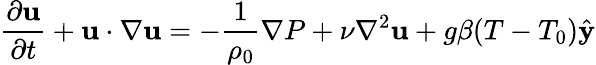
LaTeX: \frac{\partial\mathbf{u}}{\partial t}+\mathbf{u}\cdot\nabla\mathbf{u}=-\frac{1}{\rho_{0}}\nabla P+\nu\nabla^{2}\mathbf{u}+g\beta(T-T_{0})\hat{\mathbf{y}}